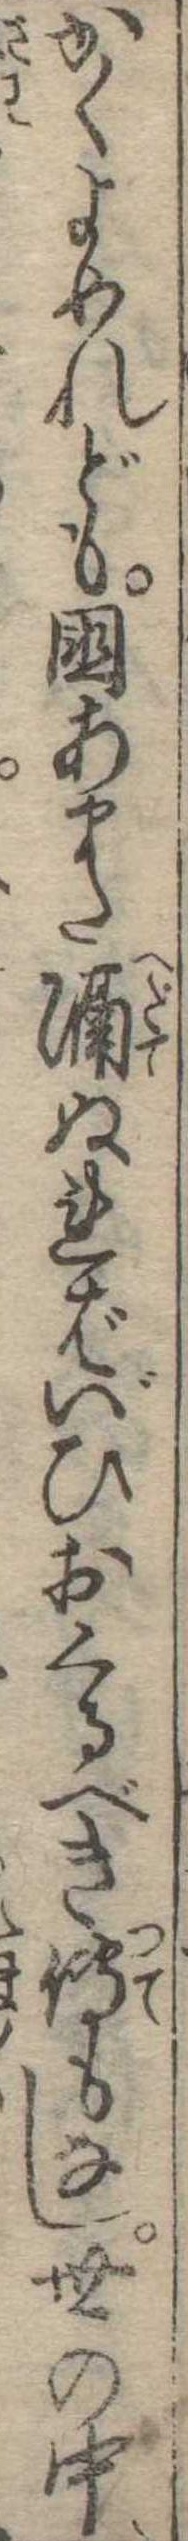
かくよめれども国あまた隔ぬればいひおくるべき傅もなし世の中